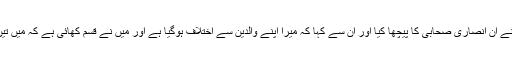
سیّدنا عبداللہ بن عمرو بن العاص نے ان انصاری صحابی کا پیچھا کیا اور ان سے کہا کہ میرا اپنے والدین سے اختلاف ہوگیا ہے اور میں نے قسم کھائی ہے کہ میں تین دن تک ان کے پاس نہ جاؤں گا۔